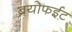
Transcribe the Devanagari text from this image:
ब्रयोफईट